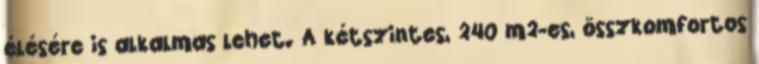
élésére is alkalmas lehet. A kétszintes, 240 m2-es, összkomfortos